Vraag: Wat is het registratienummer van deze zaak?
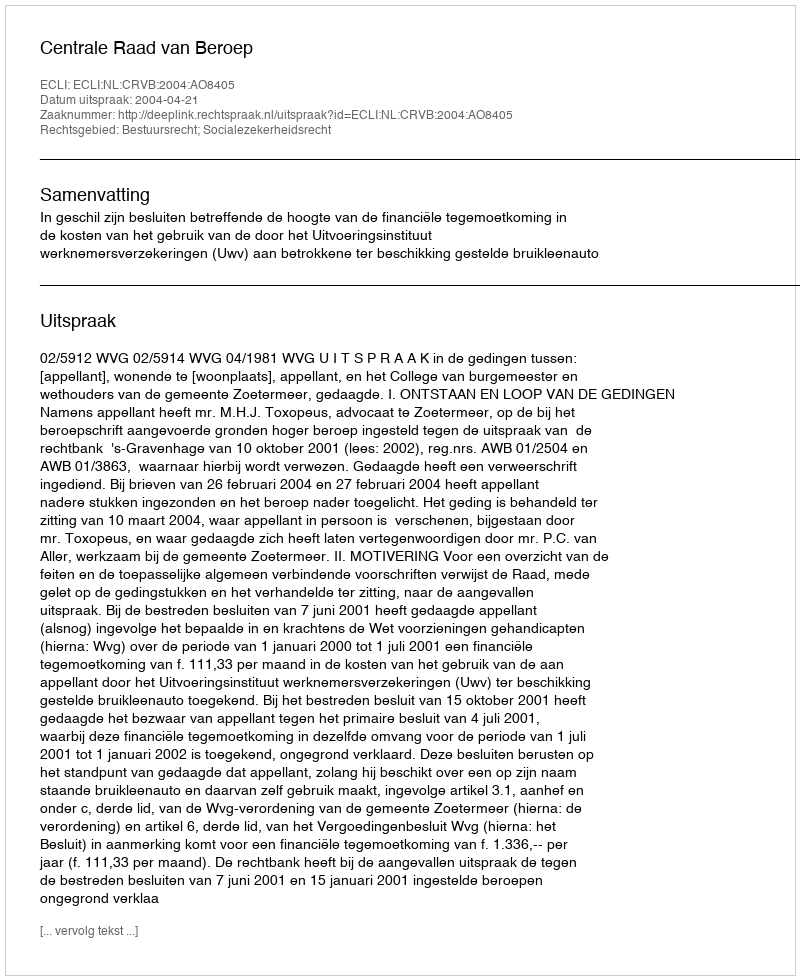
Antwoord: http://deeplink.rechtspraak.nl/uitspraak?id=ECLI:NL:CRVB:2004:AO8405